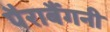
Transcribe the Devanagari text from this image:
पैराबैंगनी